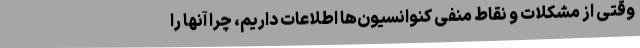
وقتی از مشکلات و نقاط منفی کنوانسیون‌ها اطلاعات داریم، چرا آنها را